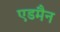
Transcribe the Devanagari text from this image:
एडमैन